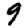
Digit: 9